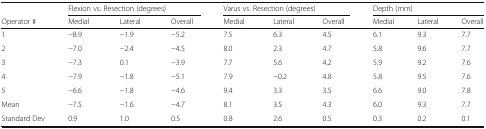
|  | <COLSPAN=3> Flexion vs. Resection (degrees) | <COLSPAN=3> Varus vs. Resection (degrees) | <COLSPAN=3> Depth (mm) |
 | Operator # | Medial | Lateral | Overall | Medial | Lateral | Overall | Medial | Lateral | Overall |
 | --- | --- | --- | --- | --- | --- | --- | --- | --- | --- |
 | 1 | −8.9 | −1.9 | −5.2 | 7.5 | 6.3 | 4.5 | 6.1 | 9.3 | 7.7 |
 | 2 | −7.0 | −2.4 | −4.5 | 8.0 | 2.3 | 4.7 | 5.8 | 9.6 | 7.7 |
 | 3 | −7.3 | 0.1 | −3.9 | 7.7 | 5.6 | 4.2 | 5.9 | 9.2 | 7.6 |
 | 4 | −7.9 | −1.8 | −5.1 | 7.9 | −0.2 | 4.8 | 5.8 | 9.5 | 7.6 |
 | 5 | −6.6 | −1.8 | −4.6 | 9.4 | 3.3 | 3.5 | 6.6 | 9.0 | 7.8 |
 | Mean | −7.5 | −1.6 | −4.7 | 8.1 | 3.5 | 4.3 | 6.0 | 9.3 | 7.7 |
 | Standard Dev | 0.9 | 1.0 | 0.5 | 0.8 | 2.6 | 0.5 | 0.3 | 0.2 | 0.1 |